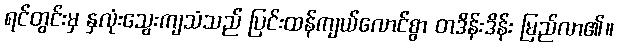
ရင်တွင်းမှ နှလုံးသွေးကျသံသည် ပြင်းထန်ကျယ်လောင်စွာ တဒိန်းဒိန်း မြည်လာ၏။